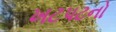
ખટપટનો